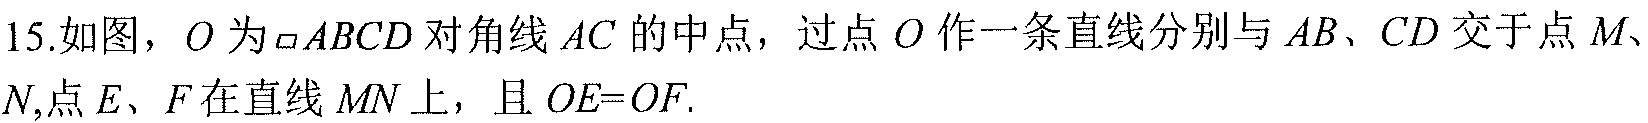
15.如图，\(O\) 为\(\square ABCD\) 对角线 \(AC\) 的中点，过点 \(O\) 作一条直线分别与 \(AB\)、\(CD\) 交于点 \(M\)、\(N\),点 \(E\)、\(F\) 在直线 \(MN\) 上，且 \(OE = OF\).